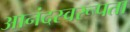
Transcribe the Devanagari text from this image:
आनंदस्वरूपता